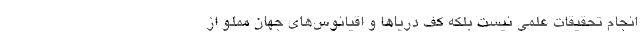
انجام تحقیقات علمی نیست بلکه کف دریاها و اقیانوس‌های جهان مملو از